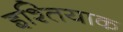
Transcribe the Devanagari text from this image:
इश्तियाक